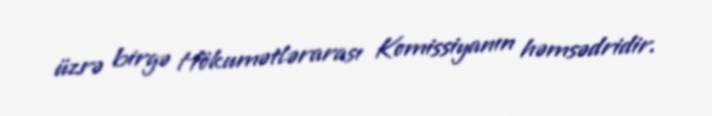
üzrə birgə Hökumətlərarası Komissiyanın həmsədridir.